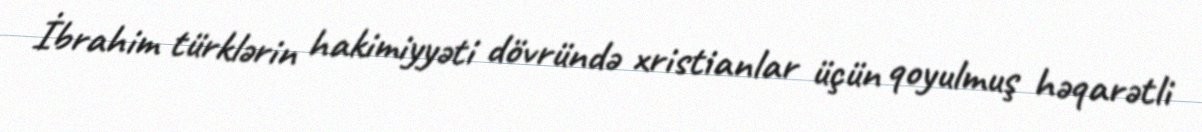
İbrahim türklərin hakimiyyəti dövründə xristianlar üçün qoyulmuş həqarətli